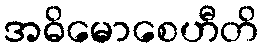
အဓိမောစေဟီတိ